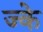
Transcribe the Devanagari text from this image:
ज्के